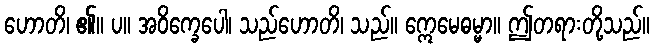
ဟောတိ၊ ၏။ ပ။ အဝိက္ခေပေါ၊ သည်ဟောတိ၊ သည်။ ဣေမေဓမ္မာ။ ဤတရားတို့သည်။